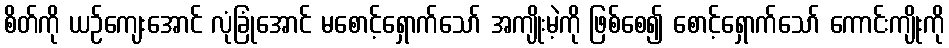
စိတ်ကို ယဉ်ကျေးအောင် လုံခြုံအောင် မစောင့်ရှောက်သော် အကျိုးမဲ့ကို ဖြစ်စေ၍ စောင့်ရှောက်သော် ကောင်းကျိုးကို